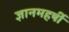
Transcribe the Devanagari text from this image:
ज्ञानमहर्षी